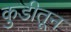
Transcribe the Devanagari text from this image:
कुडीतून